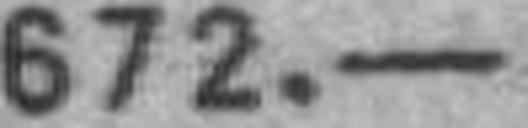
672.—